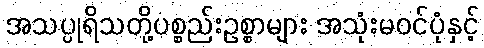
အသပ္ပုရိသတို့ပစ္စည်းဥစ္စာများ အသုံးမဝင်ပုံနှင့်